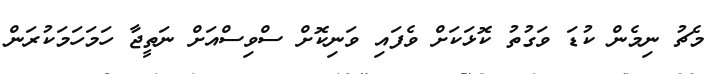
މެޗު ނިމެން ކުޑަ ވަގުތު ކޮޅަކަށް ވެފައި ވަނިކޮށް ސްވިސްއަށް ނަތީޖާ ހަމަހަމަކުރަން